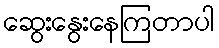
ဆွေးနွေးနေကြတာပါ